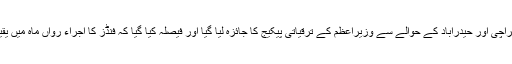
وزیراعظم آفس کی طرف سے جاری بیان کے مطابق اجلاس میں کراچی اور حیدرآباد کے حوالے سے وزیرِاعظم کے ترقیاتی پیکیج کا جائزہ لیا گیا اور فیصلہ کیا گیا کہ فنڈز کا اجراء رواں ماہ میں یقینی بنایا جائے گا اور منصوبوں پر فی الفور کام شروع کیا جائے گا۔